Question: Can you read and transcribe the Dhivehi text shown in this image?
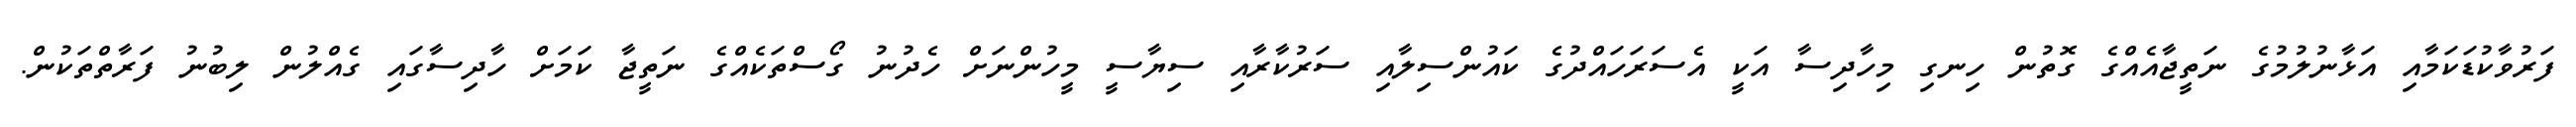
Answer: ފަރުވާކުޑަކަމާއި އަޅާނުލުމުގެ ނަތީޖާއެއްގެ ގޮތުން ހިނގި މިހާދިސާ އަކީ އެސަރަހައްދުގެ ކައުންސިލާއި ސަރުކާރާއި ސިޔާސީ މީހުންނަށް ހެދުނު ގޯސްތަކެއްގެ ނަތީޖާ ކަމަށް ހާދިސާގައި ގެއްލުން ލިބުނު ފަރާތްތަކުން.